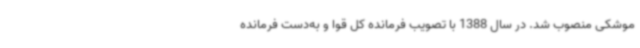
موشکی منصوب شد. در سال 1388 با تصویب فرمانده کل قوا و به‌دست فرمانده